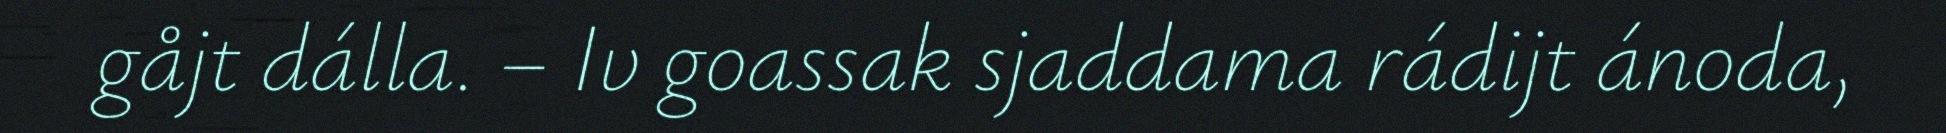
gåjt dálla. – Iv goassak sjaddama rádijt ánoda,